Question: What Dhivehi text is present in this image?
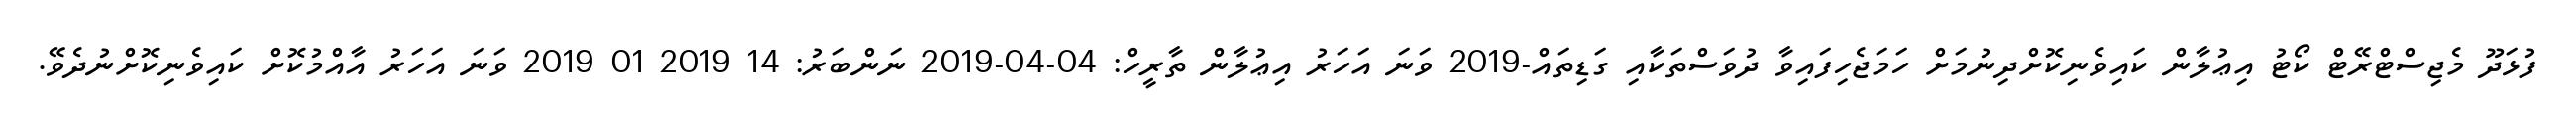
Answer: ފުޅަދޫ މެޖިސްޓްރޭޓް ކޯޓު އިޢުލާން ކައިވެނިކޮށްދިނުމަށް ހަމަޖެހިފައިވާ ދުވަސްތަކާއި ގަޑިތައް-2019 ވަނަ އަހަރު އިޢުލާން ތާރީހް: 04-04-2019 ނަންބަރު: 14 2019 01 2019 ވަނަ އަހަރު އާއްމުކޮށް ކައިވެނިކޮށްނުދެވޭ.